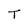
Character: T